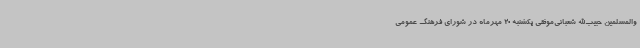
والمسلمین حبیب‌الله شعبانی‌موثقی یکشنبه 20 مهرماه در شورای فرهنگ عمومی